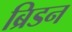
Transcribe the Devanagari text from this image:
ब्रिडन